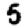
Digit: 5